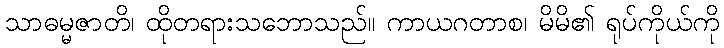
သာဓမ္မဇာတိ၊ ထိုတရားသဘောသည်။ ကာယဂတာစ၊ မိမိ၏ ရုပ်ကိုယ်ကို